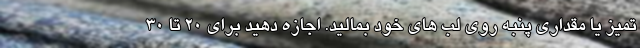
تمیز یا مقداری پنبه روی لب های خود بمالید. اجازه دهید برای 20 تا 30